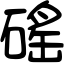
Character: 磘